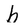
Character: b